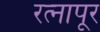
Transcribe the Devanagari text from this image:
रत्‍नापूर